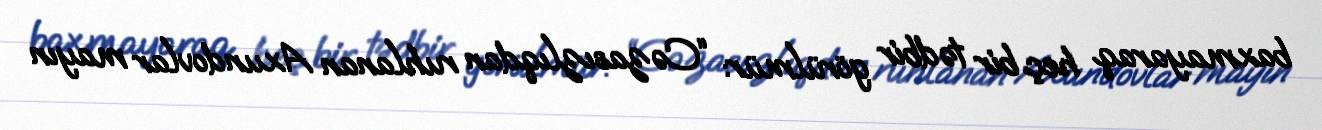
baxmayaraq heç bir tədbir görülmür: “Cəzasızlıqdan ruhlanan Axundovlar mayın